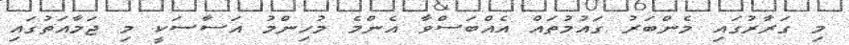
މި ގަރާރުގައި މެންބަރު ގައުމުތައް އެއްބަސްވާ އެންމެ މުހިންމު އަސާސަކީ މި ޖަމާއަތުގައި